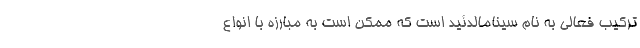
ترکیب فعالی به نام سینامالدئید است که ممکن است به مبارزه با انواع